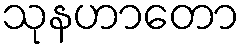
သုနဟာတော